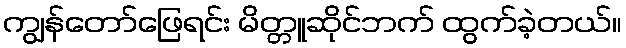
ကျွန်တော်ဖြေရင်း မိတ္တူဆိုင်ဘက် ထွက်ခဲ့တယ်။